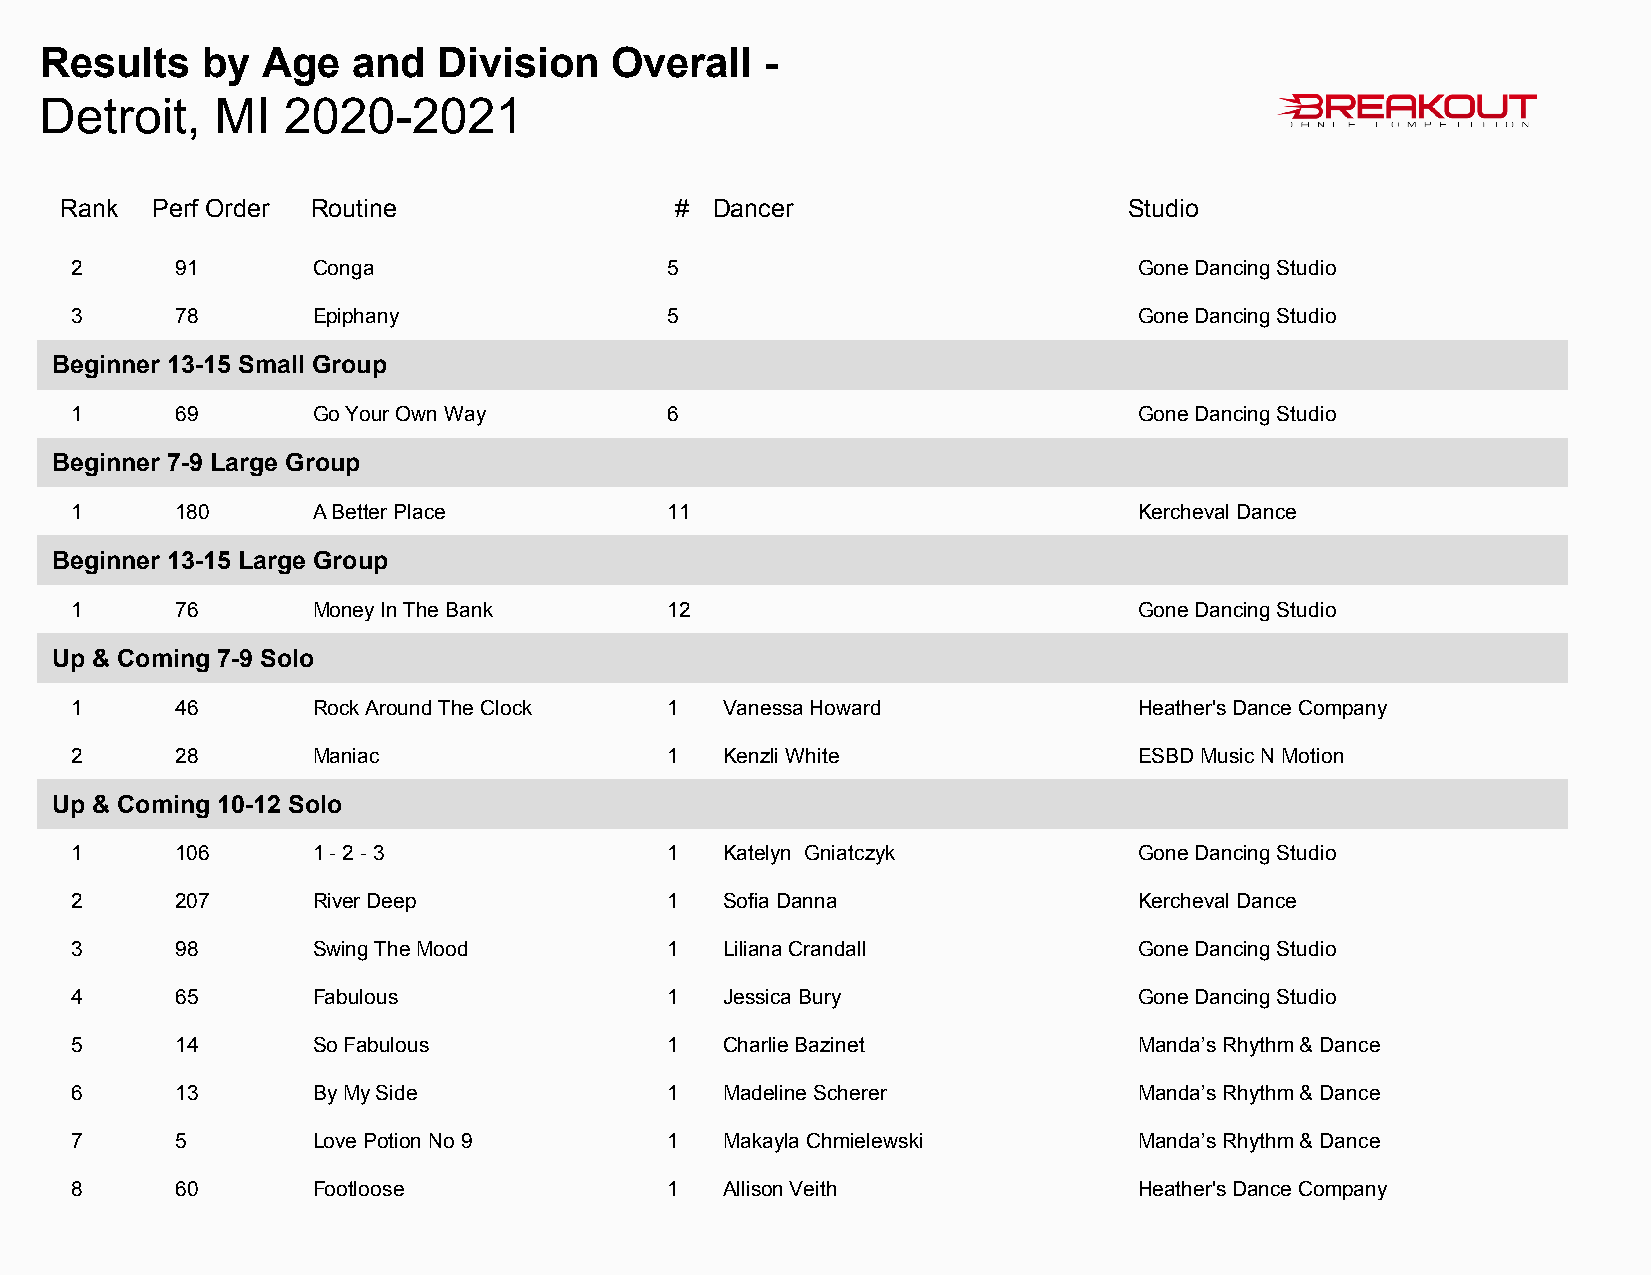
Results   by  Age   and   Division   Overall    -
 Detroit,   MI   2020-2021
 Rank  Perf Order Routine                 # Dancer                      Studio
 2      91       Conga                  5                              Gone Dancing Studio
 3      78       Epiphany               5                              Gone Dancing Studio
 Beginner 13-15 Small Group
 1      69       Go Your Own Way        6                              Gone Dancing Studio
 Beginner 7-9 Large Group
 1      180      A Better Place         11                             Kercheval Dance
 Beginner 13-15 Large Group
 1      76       Money In The Bank      12                             Gone Dancing Studio
 Up & Coming 7-9 Solo
 1      46       Rock Around The Clock  1   Vanessa Howard             Heather's Dance Company
 2      28       Maniac                 1   Kenzli White               ESBD Music N Motion
 Up & Coming 10-12 Solo
 1      106      1 - 2 - 3              1   Katelyn Gniatczyk          Gone Dancing Studio
 2      207      River Deep             1   Sofia Danna                Kercheval Dance
 3      98       Swing The Mood         1   Liliana Crandall           Gone Dancing Studio
 4      65       Fabulous               1   Jessica Bury               Gone Dancing Studio
 5      14       So Fabulous            1   Charlie Bazinet            Manda’s Rhythm & Dance
 6      13       By My Side             1   Madeline Scherer           Manda’s Rhythm & Dance
 7      5        Love Potion No 9       1   Makayla Chmielewski        Manda’s Rhythm & Dance
 8      60       Footloose              1   Allison Veith              Heather's Dance Company